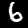
Label: 6